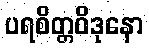
ပရစိတ္တဝိဒုနော